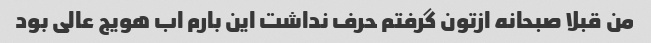
من قبلا صبحانه ازتون گرفتم حرف نداشت این بارم اب هویج عالی بود